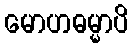
မောဟဓမ္မာပိ